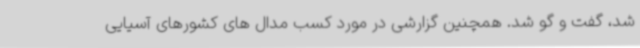
شد، گفت و گو شد. همچنین گزارشی در مورد کسب مدال های کشورهای آسیایی